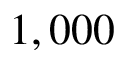
1 , 0 0 0